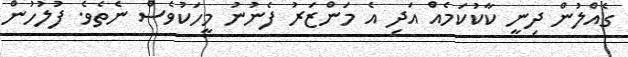
ގެއްލުން ދިނީ ކާކުކަމެއް އަދި އެ މަންޒަރު ފެނުނު މީހަކުވެސް ނެތެވެ. ފުލުހުން